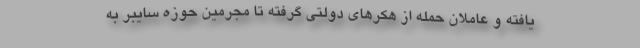
یافته و عاملان حمله از هکرهای دولتی گرفته تا مجرمین حوزه سایبر به